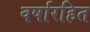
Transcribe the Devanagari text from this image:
वर्षारहित